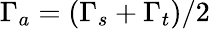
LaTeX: \Gamma_{a}=\left(\Gamma_{s}+\Gamma_{t}\right)/2